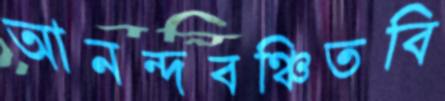
আনন্দবঞ্চিতবি